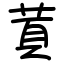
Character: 鿓